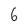
Character: 6